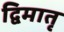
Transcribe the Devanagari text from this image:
द्विमातृ